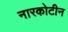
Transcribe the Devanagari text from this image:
नारकोटीन